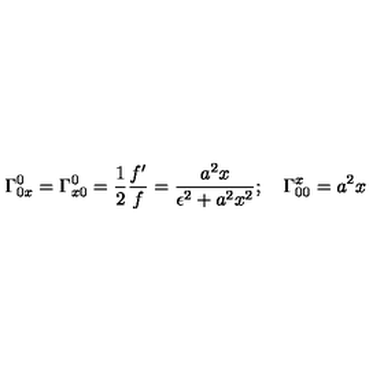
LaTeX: \Gamma _ { 0 x } ^ { 0 } = \Gamma _ { x 0 } ^ { 0 } = \frac { 1 } { 2 } \frac { f ^ { \prime } } { f } = \frac { a ^ { 2 } x } { \epsilon ^ { 2 } + a ^ { 2 } x ^ { 2 } } ; \quad \Gamma _ { 0 0 } ^ { x } = a ^ { 2 } x